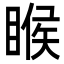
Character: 睺